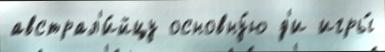
австрал'и́йцу основну́ю д'и игры́